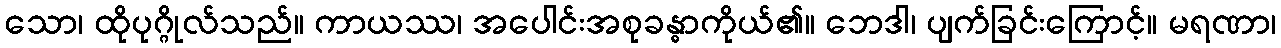
သော၊ ထိုပုဂ္ဂိုလ်သည်။ ကာယဿ၊ အပေါင်းအစုခန္ဓာကိုယ်၏။ ဘေဒါ၊ ပျက်ခြင်းကြောင့်။ မရဏာ၊